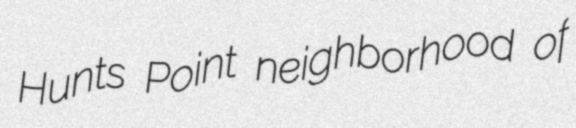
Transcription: Hunts Point neighborhood of